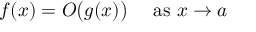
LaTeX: f ( x ) = O { \bigl ( } g ( x ) { \bigr ) } \quad { \mathrm { ~ a s ~ } } x \to a